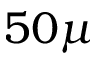
5 0 \mu